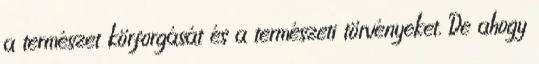
a természet körforgását és a természeti törvényeket. De ahogy